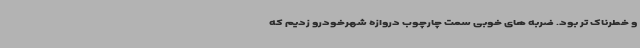
و خطرناک تر بود. ضربه های خوبی سمت چارچوب دروازه شهرخودرو زدیم که